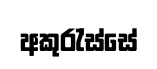
අකුරැ්ස්සේ